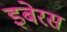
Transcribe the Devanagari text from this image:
इबेरस